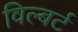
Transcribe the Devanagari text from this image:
विल्बर्ट